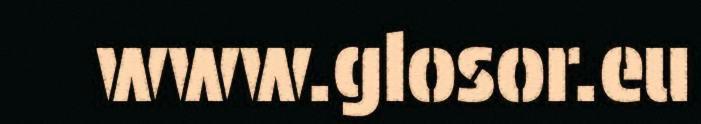
www.glosor.eu